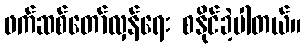
ဖက်ဆစ်တော်လှန်ရေး စနိုင်ခဲ့ပါတယ်။